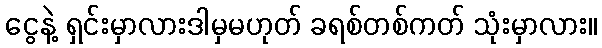
ငွေနဲ့ ရှင်းမှာလားဒါမှမဟုတ် ခရစ်တစ်ကတ် သုံးမှာလား။